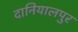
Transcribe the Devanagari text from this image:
दानियालपुर